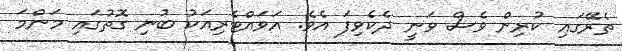
ތެރޭގައި ކުރިން ވެސް ވަނީ ދެކެވިފަ އެވެ. އަވައްޓެރިއަކު ބުނި ގޮތުގައި މަންމަ